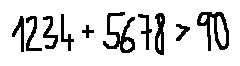
1 2 3 4 + 5 6 7 8 > 9 0